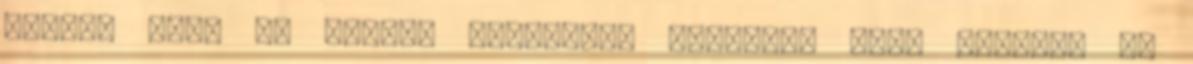
szinte 396. Ha ketten csinálják ugyanazt 395. Színház az